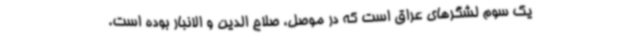
یک سوم لشگرهای عراق است که در موصل، صلاح الدین و الانبار بوده است.